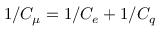
1 / C _ { \mu } = 1 / C _ { e } + 1 / C _ { q }